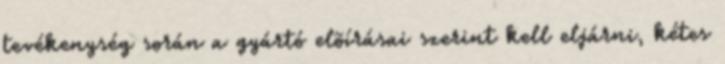
tevékenység során a gyártó elõírásai szerint kell eljárni, kétes